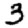
Digit: 3